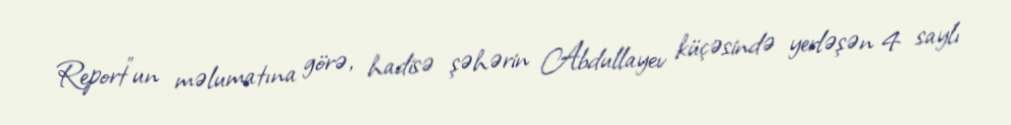
Report"un məlumatına görə, hadisə şəhərin Abdullayev küçəsində yerləşən 4 saylı